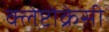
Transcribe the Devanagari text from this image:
क्लेप्टोक्रेसी